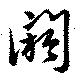
閼